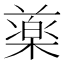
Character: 𣛙